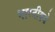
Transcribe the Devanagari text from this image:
भारतीकडे